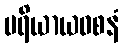
ပရိယာယဝစနံ